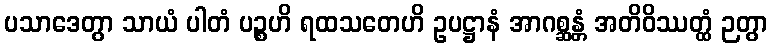
ပသာဒေတွာ သာယံ ပါတံ ပဉ္စဟိ ရထသတေဟိ ဥပဋ္ဌာနံ အာဂစ္ဆန္တံ အတိဝိဿတ္ထံ ဉတွာ